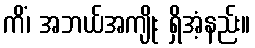
ကိံ၊ အဘယ်အကျိုး ရှိအံ့နည်း။